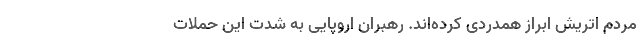
مردم اتریش ابراز همدردی کرده‌اند. رهبران اروپایی به شدت این حملات